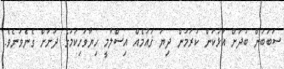
ސަބަބުން ބުދަށް އަޅުކަން ކުރަމުން ދިޔަ ޤައުމެއް އިސްލާމީ ހިޔާވަހިކަމުގެ ދަށަށް ގެނެވުނެވެ.